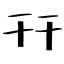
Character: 幵